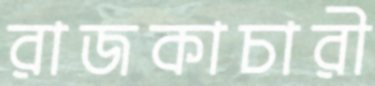
রাজকাচারী